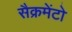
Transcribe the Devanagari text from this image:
सैक्रमेंटो